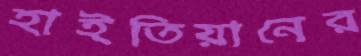
হাইতিয়ানের